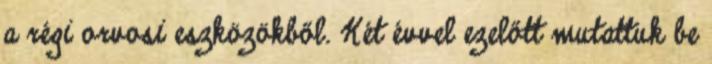
a régi orvosi eszközökből. Két évvel ezelőtt mutattuk be